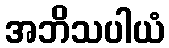
အဘိသပါယံ